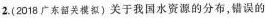
2.(2018广东韶关模拟)关于我国水资源的分布，错误的